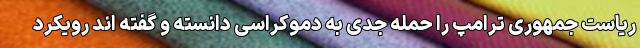
ریاست جمهوری ترامپ را حمله جدی به دموکراسی دانسته و گفته اند رویکرد